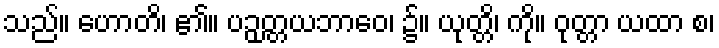
သည်။ ဟောတိ၊ ၏။ ပဉှတ္တယဘာဝေ၊ ၌။ ယုတ္တိ၊ ကို။ ဝုတ္တာ ယထာ စ၊